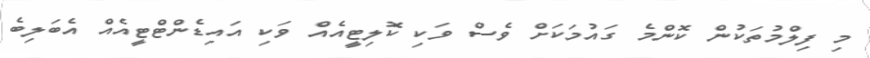
މި ފިލްމުތަކުން ކޮންމެ ގައުމަކަށް ވެސް ވަކި ކޮލިޓީއެއް ވަކި އައިޑެންޓްޓީއެއް އެބަލިބެ